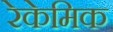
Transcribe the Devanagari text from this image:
रेकेमिक